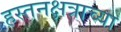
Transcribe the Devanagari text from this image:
हस्तनक्षत्राच्या